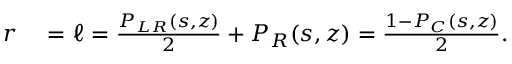
\begin{array} { r l } { r } & { { } = \ell = \frac { { \cal P } _ { L R } ( s , z ) } { 2 } + { \cal P } _ { R } ( s , z ) = \frac { 1 - { \cal P } _ { C } ( s , z ) } { 2 } . } \end{array}